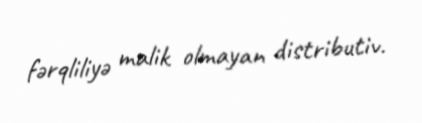
fərqliliyə malik olmayan distributiv.